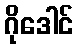
ဂိုဒေါင်